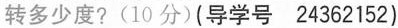
转多少度?(10分)(导学号 24362152)